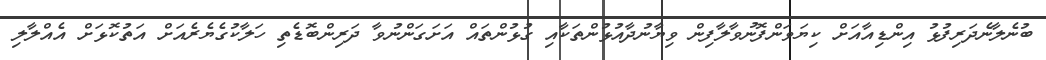
ބުނެލާނެދަރިފުޅު އިންޑިއާއަށް ކިޔަވަންފޮނުވާލާފިން ވިޔާނުދާއުޅުންތަކާއި ގުޅުންތައް އަށަގަންނުވާ ދަރިންބޮޑެތި ހަލާކުގެޔެރެއަށް އަތުކޮޅަށް އެއްލާލި